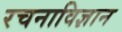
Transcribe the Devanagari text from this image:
रचनाविज्ञान